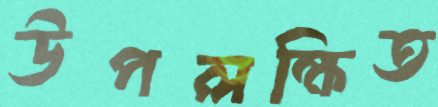
উপলক্ষিত